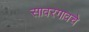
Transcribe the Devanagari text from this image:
सावरगावचे